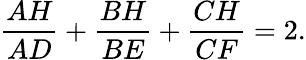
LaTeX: {\frac{AH}{AD}}+{\frac{BH}{BE}}+{\frac{CH}{CF}}=2.